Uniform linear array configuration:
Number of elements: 48
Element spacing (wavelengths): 0.25
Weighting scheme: blackman
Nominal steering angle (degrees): -60
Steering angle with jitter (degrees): -61.769
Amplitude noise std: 0.05
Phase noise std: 0.05

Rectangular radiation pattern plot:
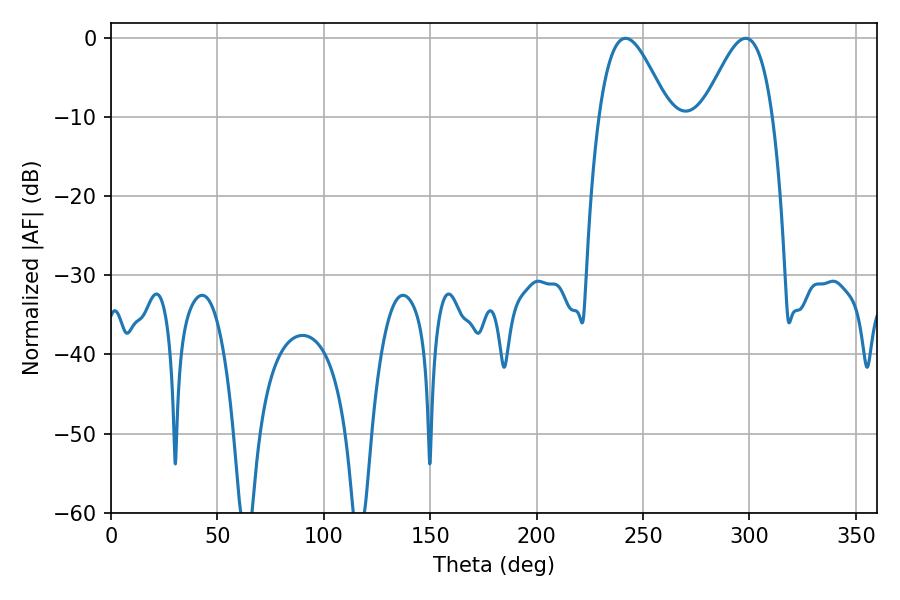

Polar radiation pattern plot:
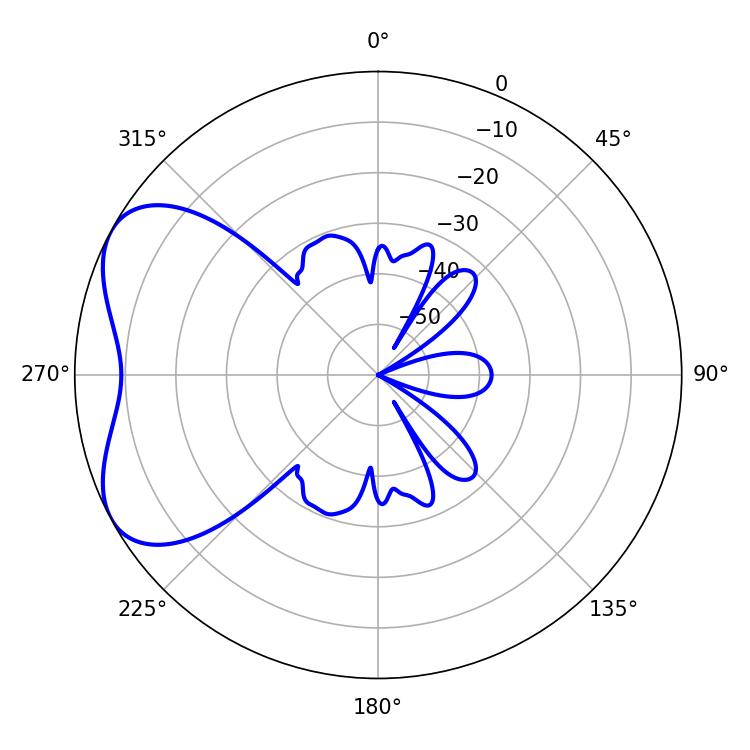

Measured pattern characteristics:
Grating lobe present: FALSE
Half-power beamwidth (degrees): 17.46
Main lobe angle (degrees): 241.74